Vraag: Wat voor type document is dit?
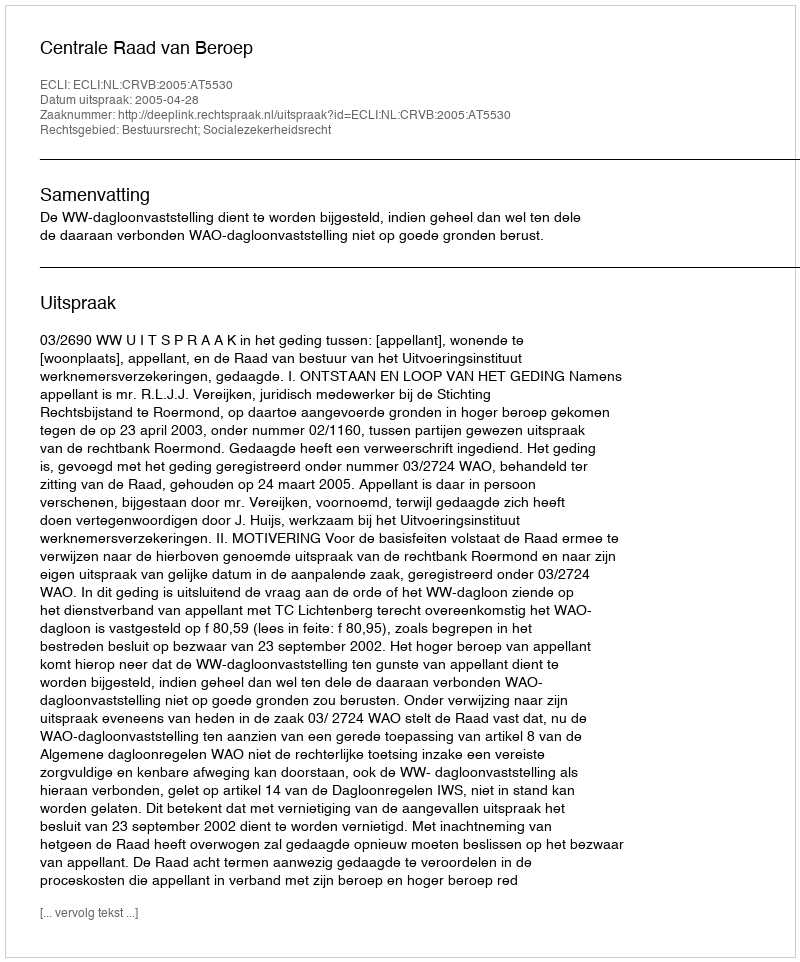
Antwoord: Uitspraak